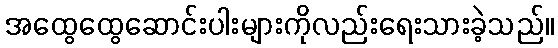
အထွေထွေဆောင်းပါးများကိုလည်းရေးသားခဲ့သည်။